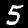
Label: 5